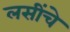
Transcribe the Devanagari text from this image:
लसींचे